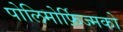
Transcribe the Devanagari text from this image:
पोलिमोर्फ़िज्मको